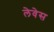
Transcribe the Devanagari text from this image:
लेवेस